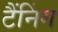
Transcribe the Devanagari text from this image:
टैंनिंग